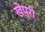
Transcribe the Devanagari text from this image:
खेप्री